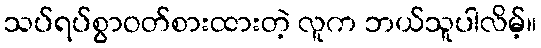
သပ်ရပ်စွာဝတ်စားထားတဲ့ လူက ဘယ်သူပါလိမ့်။